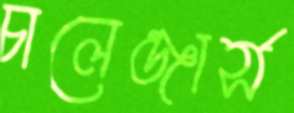
চালেঞ্জার্স